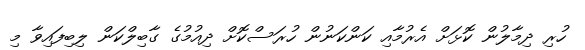
ހުރި ދިމާލުން ކޮޅަށް އެރުމާއި ކަންކަނުން ހުރަސްކޮށް ދިއުމުގެ ގާބިލްކަން ލިބިފައިވާ މި